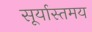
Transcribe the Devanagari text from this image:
सूर्यास्तमय